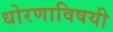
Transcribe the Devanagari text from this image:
धोरणाविषयी